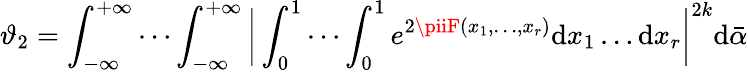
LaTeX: \vartheta_{2}=\int_{-\infty}^{+\infty}\cdots\int_{-\infty}^{+\infty}{\biggl|}\int_{0}^{1}\cdots\int_{0}^{1}e^{2\piiF(x_{1},\ldots,x_{r})}\mathrm{d}x_{1}\ldots\mathrm{d}x_{r}{\biggr|}^{2k}\mathrm{d}{\bar{{\alpha}}}